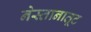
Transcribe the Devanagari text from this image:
नेस्तानातूट